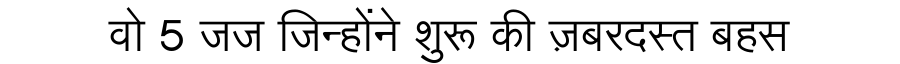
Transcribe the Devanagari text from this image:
वो 5 जज जिन्होंने शुरू की ज़बरदस्त बहस